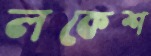
লকেশ